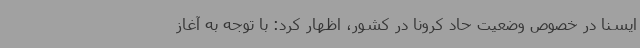
ایسنا در خصوص وضعیت حاد کرونا در کشور، اظهار کرد: با توجه به آغاز